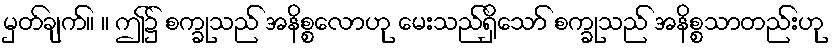
မှတ်ချက်။ ။ ဤ၌ စက္ခုသည် အနိစ္စလောဟု မေးသည်ရှိသော် စက္ခုသည် အနိစ္စသာတည်းဟု